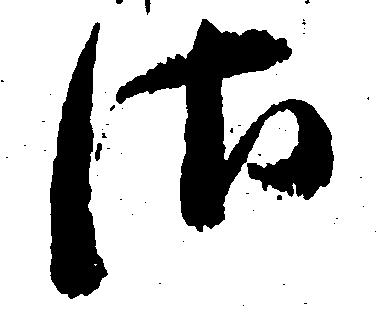
さ